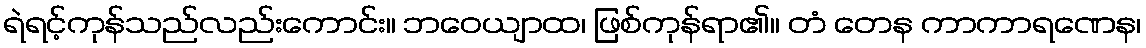
ရဲရင့်ကုန်သည်လည်းကောင်း။ ဘဝေယျာထ၊ ဖြစ်ကုန်ရာ၏။ တံ တေန ကာကာရဏေန၊